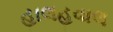
હાલહવાલ